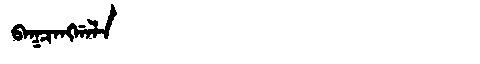
Manchu: ᠪᠠᡴᠴᠠᠩᡤᠠᠯᠠ
Romanization: BAKCANGGALA